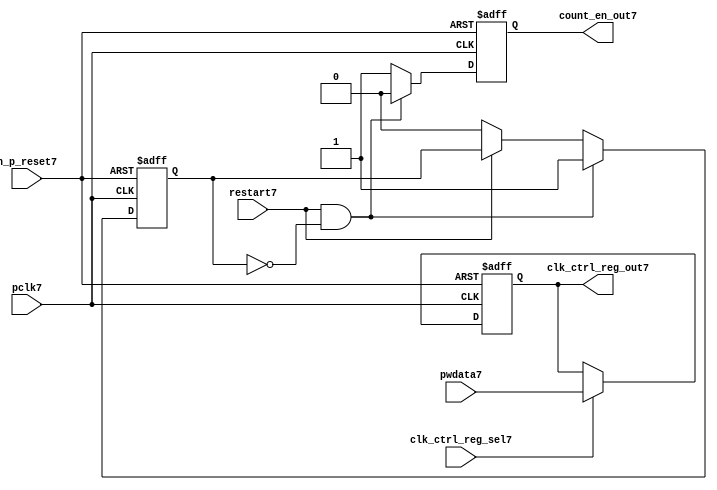
//File7 name   : ttc_count_rst_lite7.v
//Title7       : 
//Created7     : 1999
//Description7 : TTC7 counter reset block
//Notes7       : 
//----------------------------------------------------------------------
//   Copyright7 1999-2010 Cadence7 Design7 Systems7, Inc7.
//   All Rights7 Reserved7 Worldwide7
//
//   Licensed7 under the Apache7 License7, Version7 2.0 (the
//   "License7"); you may not use this file except7 in
//   compliance7 with the License7.  You may obtain7 a copy of
//   the License7 at
//
//       http7://www7.apache7.org7/licenses7/LICENSE7-2.0
//
//   Unless7 required7 by applicable7 law7 or agreed7 to in
//   writing, software7 distributed7 under the License7 is
//   distributed7 on an "AS7 IS7" BASIS7, WITHOUT7 WARRANTIES7 OR7
//   CONDITIONS7 OF7 ANY7 KIND7, either7 express7 or implied7.  See
//   the License7 for the specific7 language7 governing7
//   permissions7 and limitations7 under the License7.
//----------------------------------------------------------------------

module ttc_count_rst_lite7(

  //inputs7
  n_p_reset7,                             
  pclk7, 
  pwdata7,                                                           
  clk_ctrl_reg_sel7,
  restart7,        

  //outputs7
  count_en_out7,
  clk_ctrl_reg_out7

  );


//-----------------------------------------------------------------------------
// PORT DECLARATIONS7
//-----------------------------------------------------------------------------

   // inputs7
   input n_p_reset7;                 // Reset7 signal7
   input pclk7;                    // APB7 System7 clock7
   input [6:0] pwdata7;           // 7-Bit7 pwdata7 from APB7 interface
   input clk_ctrl_reg_sel7;        // Select7 for the clk_ctrl_reg7
   input restart7;                 // Restart7 reset from cntr_ctrl_reg7

   // outputs7
   output count_en_out7;
   output [6:0] clk_ctrl_reg_out7; // Controls7 clock7 selected


//-----------------------------------------------------------------------------
// Internal Signals7 & Registers7
//-----------------------------------------------------------------------------


   
   reg [6:0]    clk_ctrl_reg7;     //7-bit clock7 control7 register.
   
   reg          restart_var7;      //ensures7 prescaler7 reset at start of restart7 
   
   reg          count_en7;         //enable signal7 to counter

   
   wire [6:0]   clk_ctrl_reg_out7; //clock7 control7 output wire
   wire         count_en_out7;     //counter enable output
   
   
//-----------------------------------------------------------------------------
// Logic7 Section7:


//
//    p_clk_ctrl7: Process7 to implement the clk_ctrl_reg7.  
//                When7 select7 line is set then7 the data will be inserted7 to 
//                the clock7 control7 register, otherwise7 it will be equal7 to 
//                the previous value of the register, else it will be zero.
//-----------------------------------------------------------------------------

   assign clk_ctrl_reg_out7  = clk_ctrl_reg7;
   assign count_en_out7      = count_en7;


//    p_ps_counter7: counter for clock7 enable generation7.
   
   always @(posedge pclk7 or negedge n_p_reset7)
   begin: p_ps_counter7
      
      if (!n_p_reset7)
      begin
         restart_var7  <= 1'b0;
         count_en7     <= 1'b0;
      end
      else
      begin
         if (restart7 & ~restart_var7)
         begin
            restart_var7  <= 1'b1;
            count_en7     <= 1'b0;
         end 
         
         else 
           begin
              
              if (~restart7)
                 restart_var7 <= 1'b0;
              else
                 restart_var7 <= restart_var7;
                 
              count_en7     <= 1'b1;        
              
           end
      end // else: !if(!n_p_reset7)      
  
   end  //p_ps_counter7



// p_clk_ctrl7 : Process7 for writing to the clk_ctrl_reg7
   
   always @ (posedge pclk7 or negedge n_p_reset7)
   begin: p_clk_ctrl7
      
      if (!n_p_reset7)
         clk_ctrl_reg7 <= 7'h00;
      else
      begin 

         if (clk_ctrl_reg_sel7)
            clk_ctrl_reg7 <= pwdata7;
         else
            clk_ctrl_reg7 <= clk_ctrl_reg7;

      end 
      
   end  //p_clk_ctrl7

   
endmodule